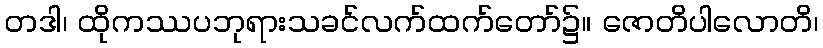
တဒါ၊ ထိုကဿပဘုရားသခင်လက်ထက်တော်၌။ ဇောတိပါလောတိ၊